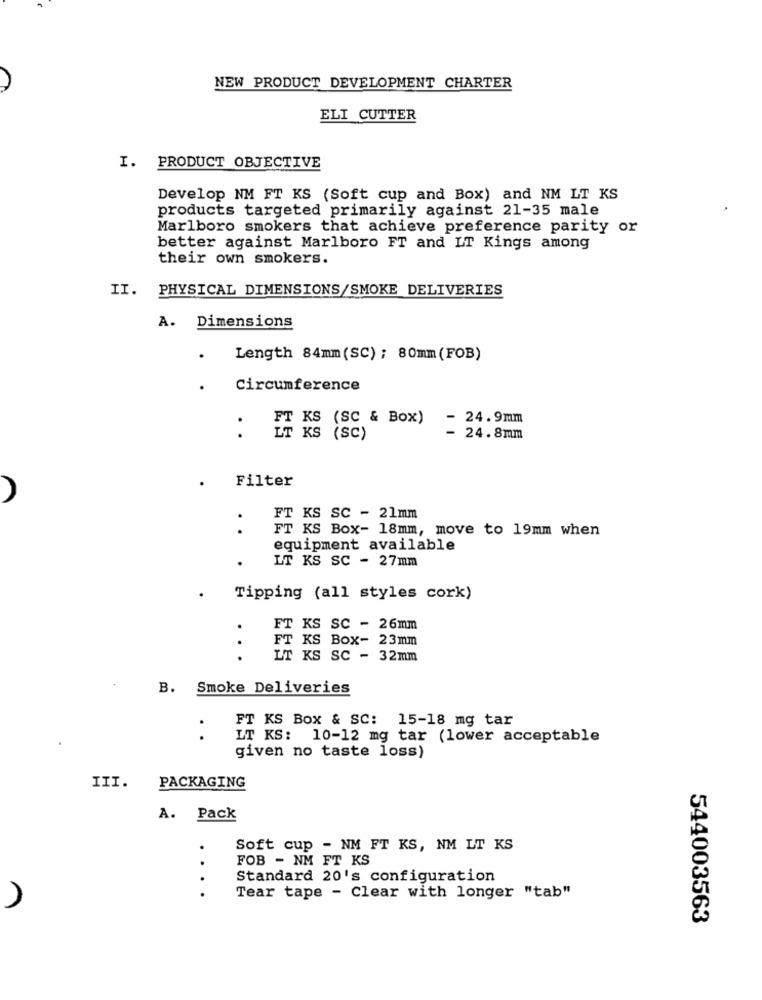
NEW PRODUCT DEVELOPMENT CHARTER
ELI CUTTER
I. PRODUCT OBJECTIVE
Develop NM FT KS (Soft cup and Box) and NM LT KS
products targeted primarily against 21-35 male
Marlboro smokers that achieve preference parity or
better against Marlboro FT and LT Kings among
their own smokers.
II. PHYSICAL DIMENSIONS/SMOKE DELIVERIES
A. Dimensions
.
Length 84mm(SC) ; 80mm(FOB)
.
Circumference
- 24.9mm
: H KS (SC & Box)
KS (SC)
- 24.8mm
Filter
FT KS SC - 21mm
FT KS Box- 18mm, move to 19mm when
..
equipment available
LT KS SC - 27mm
Tipping (all styles cork)
FT KS SC - 26mm
FT KS Box- 23mm
.
LT KS SC - 32mm
B. Smoke Deliveries
FT KS Box & SC: 15-18 mg tar
..
LT KS: 10-12 mg tar (lower acceptable
given no taste loss)
III.
PACKAGING
A. Pack
.
Soft cup - NM FT KS, NM LT KS
FOB - NM FT KS
Standard 20's configuration
. .
Tear tape - Clear with longer "tab"
544003563